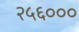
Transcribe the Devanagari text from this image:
२५६०००